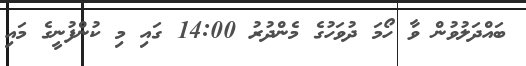
ބައްދަލުވުން ވާ ހޯމަ ދުވަހުގެ މެންދުރު 14:00 ގައި މި ކުންފުނީގެ މައި